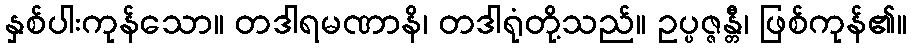
နှစ်ပါးကုန်သော။ တဒါရမဏာနိ၊ တဒါရုံတို့သည်။ ဥပ္ပဇ္ဇန္တီ၊ ဖြစ်ကုန်၏။